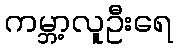
ကမ္ဘာ့လူဦးရေ